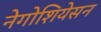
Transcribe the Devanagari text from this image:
नेगोशियेसन